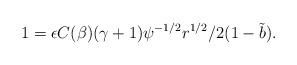
LaTeX: \begin{align*}1= \epsilon C(\beta)(\gamma+1)\psi^{-1/2} r^{1/2}/2(1-\tilde{b}).\end{align*}